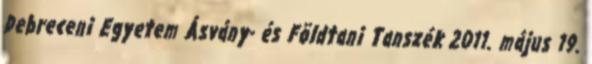
Debreceni Egyetem Ásvány- és Földtani Tanszék 2011. május 19.